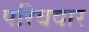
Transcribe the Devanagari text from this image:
परिबवार